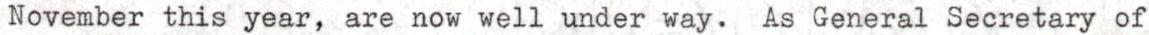
November this year, are now well under way. As General Secretary of